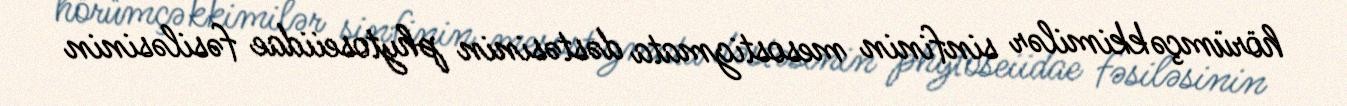
hörümçəkkimilər sinfinin mesostigmata dəstəsinin phytoseiidae fəsiləsinin